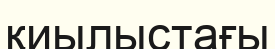
қиылыстағы